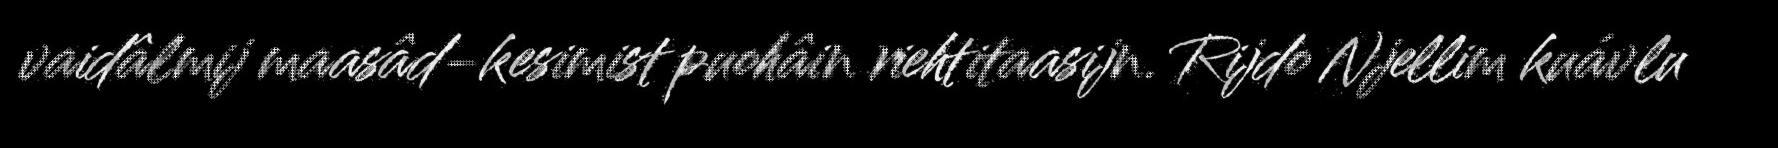
vaidâlmij maasâd-kesimist puohâin riehtitaasijn. Rijdo Njellim kuávlu